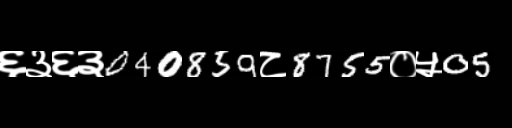
Text: ६३६३040859८8755०५05